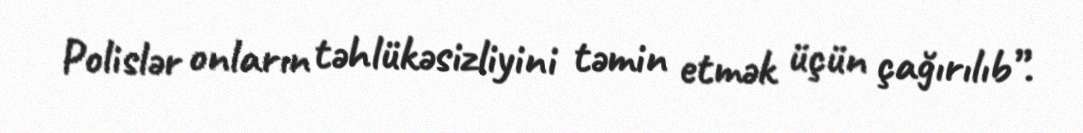
Polislər onların təhlükəsizliyini təmin etmək üçün çağırılıb”.